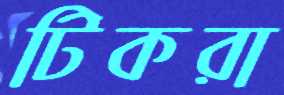
টিকরা